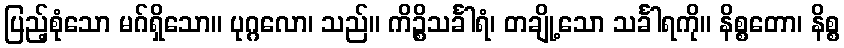
ပြည့်စုံသော မဂ်ရှိသော။ ပုဂ္ဂလော၊ သည်။ ကိဉ္စိသင်္ခါရံ၊ တချို့သော သင်္ခါရကို။ နိစ္စတော၊ နိစ္စ